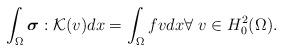
LaTeX: \begin{align*}\int_{\Omega}\boldsymbol{\sigma}:\mathcal{K}(v)dx=\int_{\Omega}fvdx\forall~v\in H_0^2(\Omega).\end{align*}